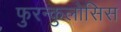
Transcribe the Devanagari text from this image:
फुरन्कुलोसिस